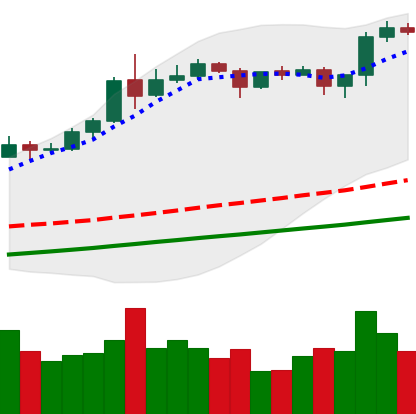
Ticker: ETH-USD
Chart end date: 2020-08-15
Forward return: -3.903%
Label: down_3_5